Vaccination North-Western Provinces and Oudh 1896-1901 - 1896-1901
Year: 1896
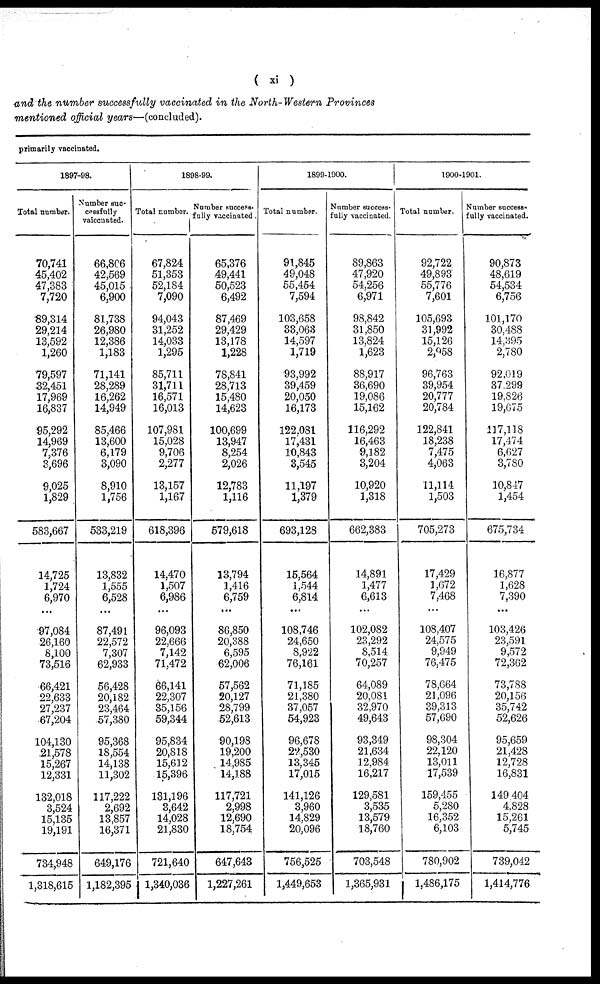
( xi )
and the number successfully vaccinated in the North-Western Provinces
mentioned official years—(concluded).
primarily vaccinated.
1897-98.
Total number.
70,741
45,402
47,383
7,720
89,314
29,214
13,592
1,260
79,597
32,451
17,969
16,837
95,292
14,969
7,376
3,696
9,025
1,829
583,667
14,725
1,724
6,970
...
97,084
26,160
8,100
73,516
66,421
22,633
27,237
67,204
104,130
21,578
15,267
12,331
132,018
3,524
15,135
19,191
734,948
1,318,615
Number suc-
cessfully
vaiccnated.
66,806
42,569
45,015
6,900
81,738
26,980
12,386
1,183
71,141
28,289
16,262
14,949
85,466
13,600
6,179
3,090
8,910
1,756
533,219
13,832
1,555
6,528
...
87,491
22,572
7,307
62,933
56,428
20,182
23,464
57,380
95,368
18,554
14,138
11,302
117,222
2,692
13,857
16,371
649,176
1,182,395
1898-99.
Total number.
67,824
51,353
52,184
7,090
94,043
31,252
14,033
1,295
85,711
31,711
16,571
16,013
107,981
15,028
9,706
2,277
13,157
1,167
618,396
14,470
1,507
6,986
...
96,093
22,666
7,142
71,472
66,141
22,307
35,156
59,344
95,834
20,818
15,612
15,396
131,196
3,642
14,028
21,830
721,640
1,340,036
Number success-
fully vaccinated.
65,376
49,441
50,523
6,492
87,469
29,429
13,178
1,228
78,841
28,713
15,480
14,623
100,699
13,947
8,254
2,026
12,783
1,116
579,618
13,794
1,416
6,759
...
86,850
20,388
6,595
62,006
57,562
20,127
28,799
52,613
90,198
19,200
14,985
14,188
117,721
2,998
12,690
18,754
647,643
1,227,261
1899-1900.
Total number.
91,845
49,048
55,454
7,594
103,658
33,063
14,597
1,719
93,992
39,459
20,050
16,173
122,081
17,431
10,843
3,545
11,197
1,379
693,128
15,564
1,544
6,814
...
108,746
24,650
8,922
76,161
71,185
21,380
37,057
54,923
96,678
22,530
13,345
17,015
141,126
3,960
14,829
20,096
756,525
1,449,653
Number success-
fully vaccinated.
89,863
47,920
54,256
6,971
98,842
31,850
13,824
1,623
88,917
36,690
19,086
15,162
116,292
16,463
9,182
3,204
10,920
1,318
662,383
14,891
1,477
6,613
...
102,082
23,292
8,514
70,257
64,089
20,081
32,970
49,643
93,349
21,634
12,984
16,217
129,581
3,535
13,579
18,760
703,548
1,365,931
1900-1901.
Total number.
92,722
49,893
55,776
7,601
105,693
31,992
15,126
2,958
96,763
39,954
20,777
20,784
122,841
18,238
7,475
4,063
11,114
1,503
705,273
17,429
1,672
7,468
...
108,407
24,575
9,949
76,475
78,664
21,096
39,313
57,690
98,304
22,120
13,011
17,539
159,455
5,280
16,352
6,103
780,902
1,486,175
Number success¬
fully vaccinated.
90,873
48,619
54,534
6,756
101,170
30,488
14,395
2,780
92,019
37,299
19,826
19,675
117,118
17,474
6,627
3,780
10,847
1,454
675,734
16,877
1,628
7,390
...
103,426
23,591
9,572
72,362
73,788
20,156
35,742
52,626
95,659
21,428
12,728
16,831
149,404
4,828
15,261
5,745
739,042
1,414,776